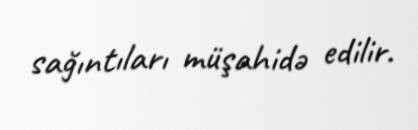
sağıntıları müşahidə edilir.